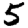
Digit: 5